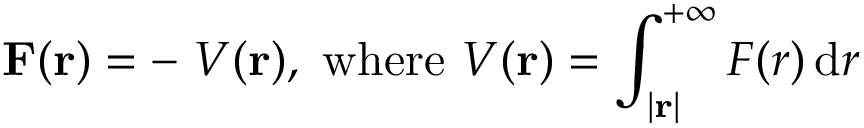
\mathbf { F } ( \mathbf { r } ) = - \mathbf { \nabla } V ( \mathbf { r } ) { \mathrm { , ~ w h e r e ~ } } V ( \mathbf { r } ) = \int _ { | \mathbf { r } | } ^ { + \infty } F ( r ) \, \mathrm { d } r